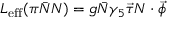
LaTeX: { \cal L } _ { \mathrm { e f f } } ( \pi \bar { N } N ) = g \bar { N } \gamma _ { 5 } \vec { \tau } N \cdot \vec { \phi }